Indian journal of veterinary science and animal husbandry - Volume 10,
Year: 1940
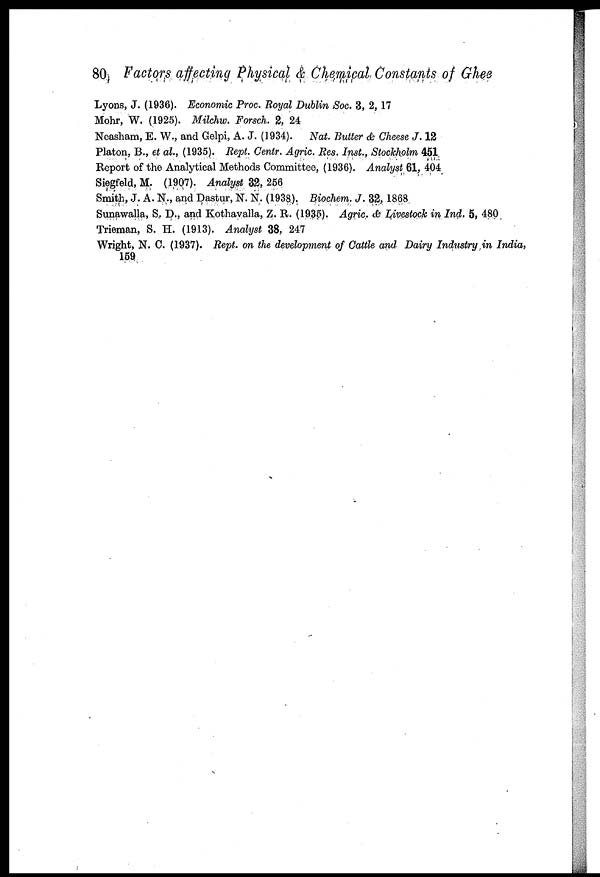
80 Factors affecting Physical & Chemical Constants of Ghee
Lyons, J. (1936). Economic Proc. Royal Dublin Soc. 3, 2, 17
Mohr, W. (1925). Milchw. Forsch. 2, 24
Neasham, E. W., and Gelpi, A. J. (1934). Nat. Butter & Cheese J. 12
Platon, B., et al, (1935). Rept. Centr. Agric. Res. Inst., Stockholm 451
Report of the Analytical Methods Committee, (1936). Analyst 61, 404
Siegfeld.M. (1907). Analyst 32, 256
Smith, J. A. N., and Dastur, N. N. (1938). Biochem. J. 32, 1868
Sunawalla, S. D., and Kothavalla, Z. R. (1935). Agric. & Livestock in Ind. 5, 480
Trieman, S. H. (1913). Analyst 38, 247
Wright, N. C. (1937). Rept, on the development of Cattle and Dairy Industry in India,
159